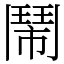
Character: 鬧